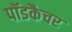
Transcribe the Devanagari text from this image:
पॉडकैचर